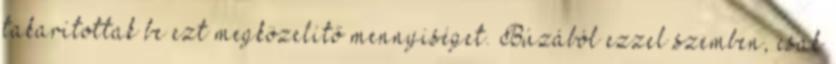
takarítottak be ezt megközelítő mennyiséget. Búzából ezzel szemben, csak